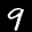
Label: 9